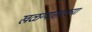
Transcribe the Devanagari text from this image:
खळग्यासारख्या